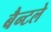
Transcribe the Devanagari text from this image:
बैन्टले